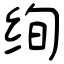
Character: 绚